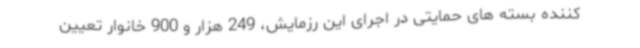
کننده بسته های حمایتی در اجرای این رزمایش، 249 هزار و 900 خانوار تعیین